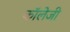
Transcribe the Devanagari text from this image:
कॉलेजी